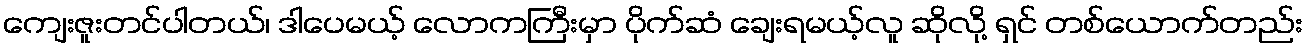
ကျေးဇူးတင်ပါတယ်၊ ဒါပေမယ့် လောကကြီးမှာ ပိုက်ဆံ ချေးရမယ့်လူ ဆိုလို့ ရှင် တစ်ယောက်တည်း